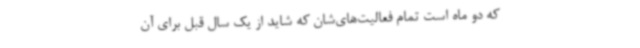
که دو ماه است تمام فعالیت‌های‌شان که شاید از یک سال قبل برای آن‌